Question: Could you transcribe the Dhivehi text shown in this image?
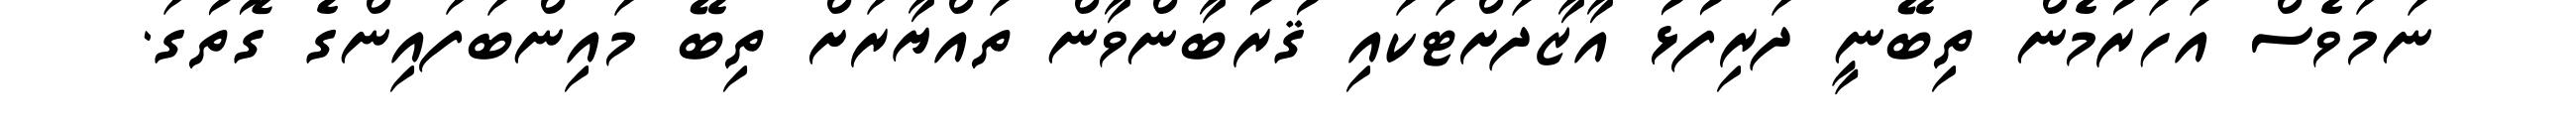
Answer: ނަމަވެސް އަހަރުމެން ތިބޭނީ ދަރިފުޅު އާޒާދަށްޓަކައި ޤުރުބާންވާން ތައްޔާރަށް ތިބޭ މައިންބަފައިންގެ ގޮތުގަ.